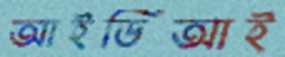
আইডিআই